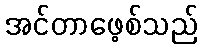
အင်တာဖေ့စ်သည်